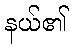
နယ်၏